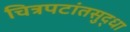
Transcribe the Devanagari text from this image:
चित्रपटांतसुद्धा